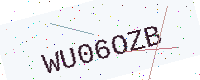
Text: WU06OZB